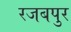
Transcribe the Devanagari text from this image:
रजबपुर